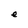
Character: e